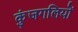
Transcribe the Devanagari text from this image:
कुंजगलियों